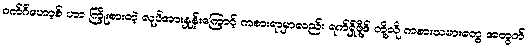
ဝက်ဂ်ဟော့စ် ဟာ ကြိုးစားတဲ့ လုပ်အားနှုန်းကြောင့် ကစားရာမှာလည်း ရက်ရှ်ဖို့ဒ် တို့လို ကစားသမားတွေ အတွက်